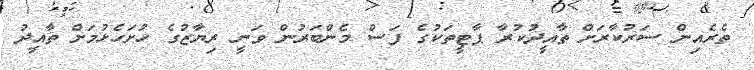
ތެރެއިން ސަރުކާރަށް ތާއީދުކުރާ ޕާޓީތަކުގެ ފަސް މެންބަރުން ވަނީ ރިޔާޒުގެ ހުށަހެޅުމަށް ތާއީދު